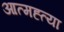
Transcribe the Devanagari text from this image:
आत्‍मह्त्‍या